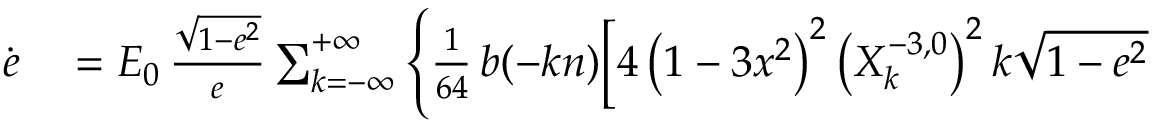
\begin{array} { r l } { \dot { e } } & { { } = { \cal E } _ { 0 } \, \frac { \sqrt { 1 - e ^ { 2 } } } { e } \sum _ { k = - \infty } ^ { + \infty } \Bigg \{ \frac { 1 } { 6 4 } \, b ( - k n ) \bigg [ 4 \left( 1 - 3 x ^ { 2 } \right) ^ { 2 } \left( X _ { k } ^ { - 3 , 0 } \right) ^ { 2 } k \sqrt { 1 - e ^ { 2 } } } \end{array}